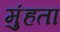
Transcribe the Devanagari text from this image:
मुंहता